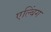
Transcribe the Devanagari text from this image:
एल्बिंग